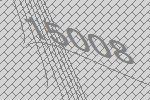
15008